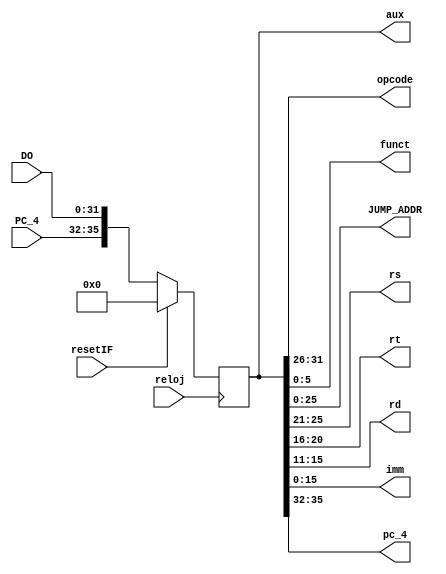
`timescale 1ns / 1ps
//////////////////////////////////////////////////////////////////////////////////
// Module Name: IF_ID
//////////////////////////////////////////////////////////////////////////////////


module IF_ID(
    input reloj,
    input resetIF,
    input [31:0] DO, //Salida de Memoria de Instrucciones
    input [3:0] PC_4,

    output [5:0] opcode,
    output [5:0] funct,
    output [25:0] JUMP_ADDR,
    output [4:0] rs,
    output [4:0] rt,
    output [4:0] rd,
    output [15:0] imm,
    output [35:0] aux,
    output [3:0] pc_4
    );


    reg [35:0] IF_ID;


    always @(posedge reloj)

    begin
        if (resetIF)
        begin
            IF_ID <= 35'b0;
        end

        else
        begin
            IF_ID <= {PC_4,DO};
        end
    end

      assign opcode = IF_ID[31:26];
      assign funct = IF_ID[5:0];
      assign JUMP_ADDR = IF_ID[25:0];
      assign rs = IF_ID[25:21];
      assign rt = IF_ID[20:16];
      assign rd = IF_ID[15:11];
      assign imm = IF_ID[15:0];
      assign pc_4 = IF_ID[35:32];

      assign aux = IF_ID;
endmodule